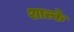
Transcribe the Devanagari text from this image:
शाल्के